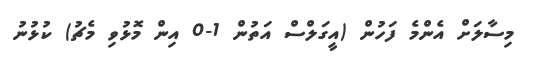
މިސާލަށް އެންމެ ފަހުން (އީގަލްސް އަތުން 1-0 އިން މޮޅުވި މެޗު) ކުޅުނު